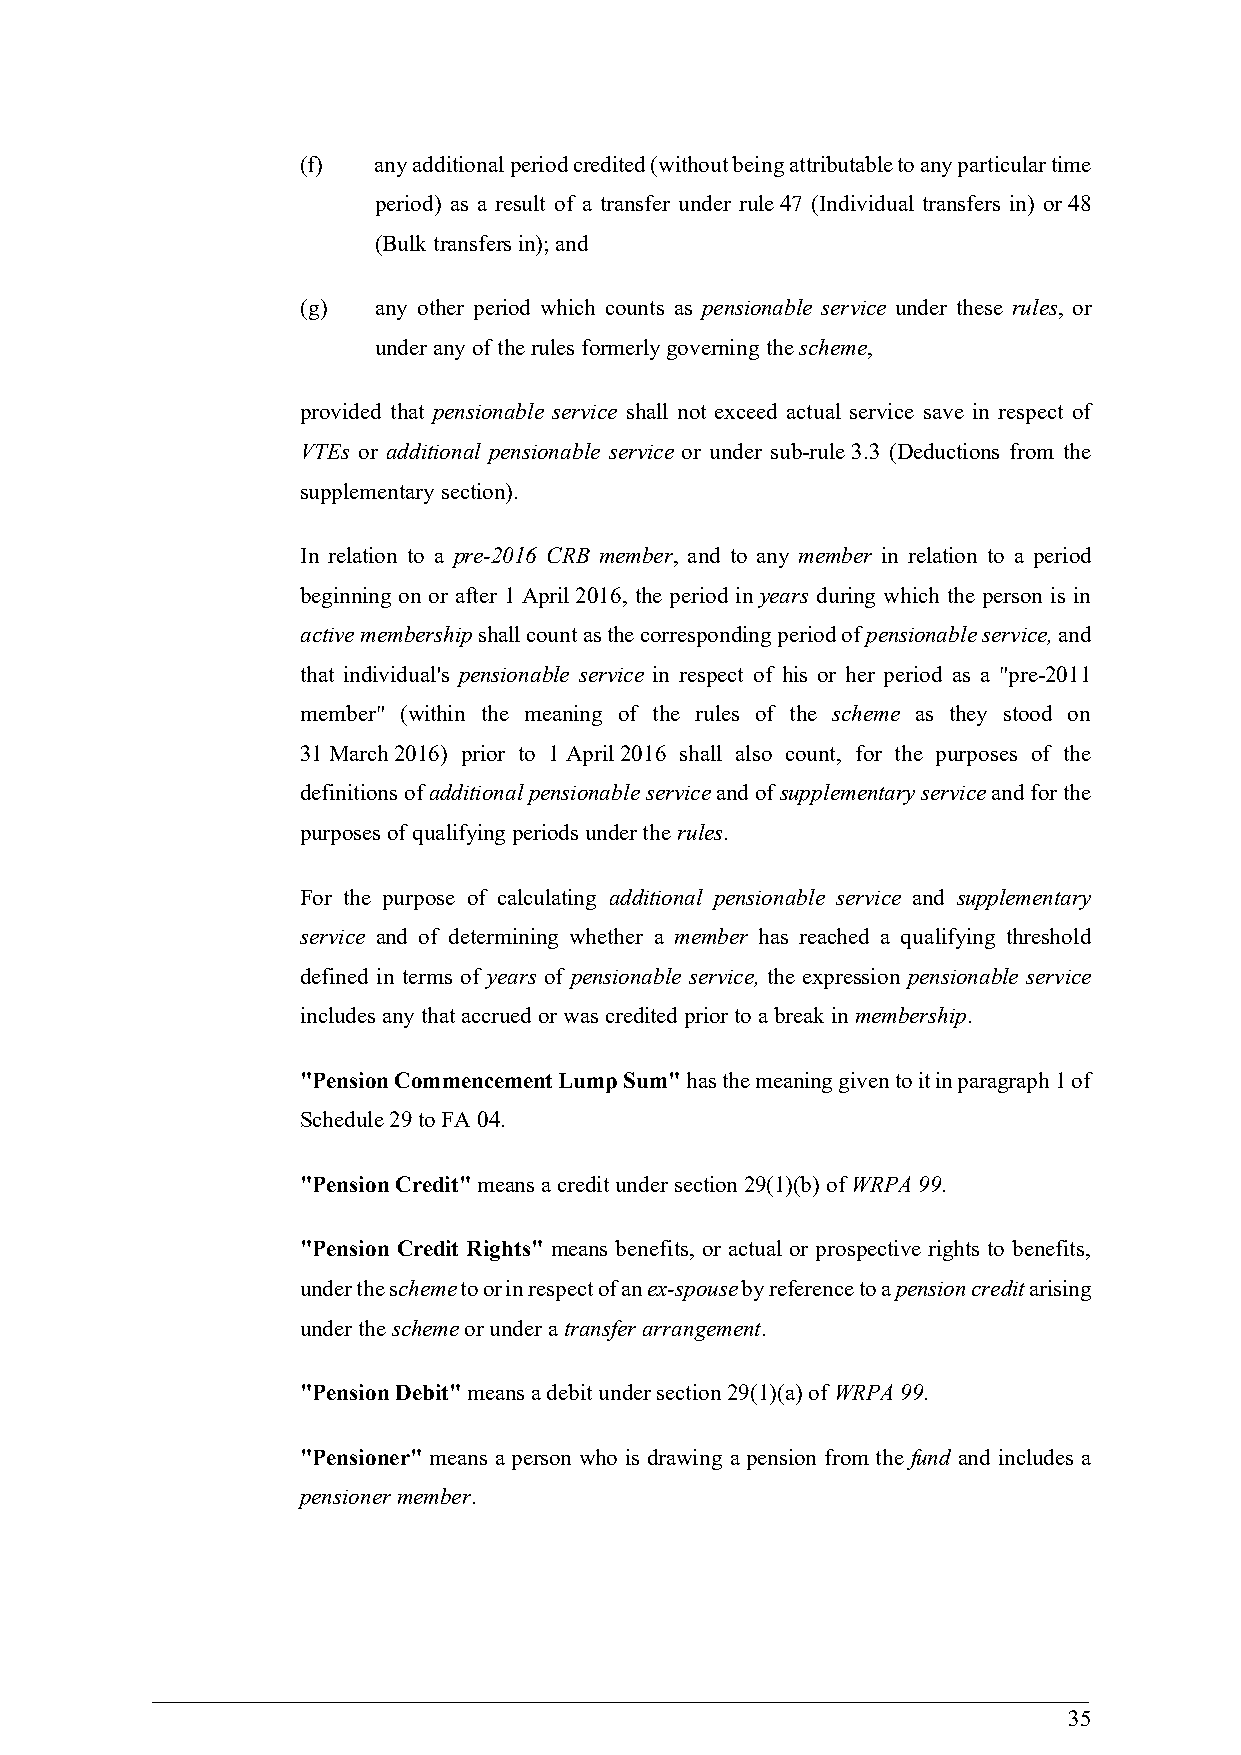
(f)  any additional period credited (without being attributable to any particular time
 period) as a result of a transfer under rule 47 (Individual transfers in) or 48
 (Bulk transfers in); and
 (g)  any other period which counts as pensionable service under these rules, or
 under any of the rules formerly governing the scheme,
 provided that pensionable service shall not exceed actual service save in respect of
 VTEs or additional pensionable service or under sub-rule 3.3 (Deductions from the
 supplementary section).
 In relation to a pre-2016 CRB member, and to any member in relation to a period
 beginning on or after 1 April 2016, the period in years during which the person is in
 active membership shall count as the corresponding period of pensionable service, and
 that individual's pensionable service in respect of his or her period as a "pre-2011
 member" (within the meaning of the rules of the scheme as they stood on
 31 March 2016) prior to 1 April 2016 shall also count, for the purposes of the
 definitions of additional pensionable service and of supplementary service and for the
 purposes of qualifying periods under the rules.
 For the purpose of calculating additional pensionable service and supplementary
 service and of determining whether a member has reached a qualifying threshold
 defined in terms of years of pensionable service, the expression pensionable service
 includes any that accrued or was credited prior to a break in membership.
 "Pension Commencement Lump Sum" has the meaning given to it in paragraph 1 of
 Schedule 29 to FA 04.
 "Pension Credit" means a credit under section 29(1)(b) of WRPA 99.
 "Pension Credit Rights" means benefits, or actual or prospective rights to benefits,
 under the scheme to or in respect of an ex-spouse by reference to a pension credit arising
 under the scheme or under a transfer arrangement.
 "Pension Debit" means a debit under section 29(1)(a) of WRPA 99.
 "Pensioner" means a person who is drawing a pension from the fund and includes a
 pensioner member.
 35